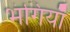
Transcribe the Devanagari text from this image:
भंगियाँ